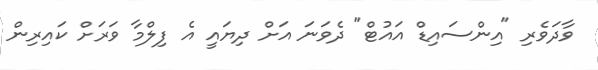
ވާދަވެރި "އިންސައިޑް އައުޓް" ދެވަނަ އަށް ދިޔައީ އެ ފިލްމާ ވަރަށް ކައިރިން